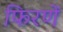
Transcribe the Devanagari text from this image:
फिरणें